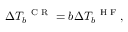
\Delta T _ { b } ^ { \mathrm { ~ \scriptsize ~ C ~ R ~ } } = b \Delta T _ { b } ^ { \mathrm { ~ \scriptsize ~ H ~ F ~ } } ,